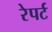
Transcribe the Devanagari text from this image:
रेपर्ट